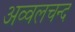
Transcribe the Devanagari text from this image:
अव्वलचन्द